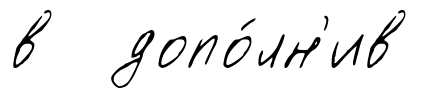
в допо́лн'ив